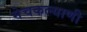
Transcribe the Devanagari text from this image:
मेचकल्याणी